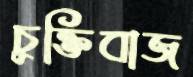
চুক্তিবাজ